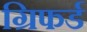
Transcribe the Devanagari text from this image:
ग्रिफर्ड